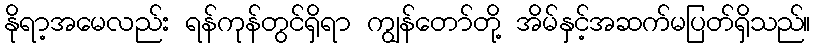
နိုရာ့အမေလည်း ရန်ကုန်တွင်ရှိရာ ကျွန်တော်တို့ အိမ်နှင့်အဆက်မပြတ်ရှိသည်။